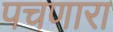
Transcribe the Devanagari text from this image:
पचणारा